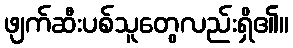
ဖျက်ဆီးပစ်သူတွေလည်းရှိ၏။